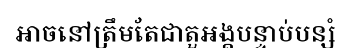
អាចនៅត្រឹមតែជាតួអង្គបន្ទាប់បន្សំ